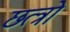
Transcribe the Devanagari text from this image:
छत्त्रो